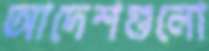
আদেশগুলো